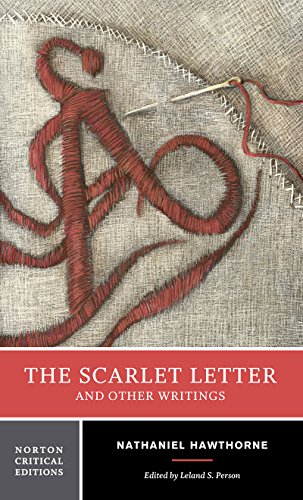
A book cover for The Scarlet Letter and Other Writings (Norton Critical Editions); Nathaniel Hawthorne; Literature & Fiction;